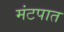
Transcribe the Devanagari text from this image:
मंटपात